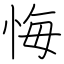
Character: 悔